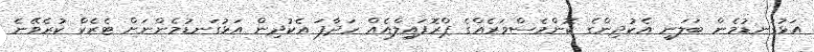
އަޅުގަނޑުމެން ބަލަނީ އެކުދިންގެ ކޮންމެސްވަރެއްގެ ޕްރޮފައިލްއެއް ހަދާފަ އެކުދިން އަޅުގަނޑުމެންނަށް ޓެރެކް ކުރެވޭނެ